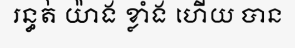
រន្ធត់ យ៉ាង ខ្លាំង ហើយ បាន